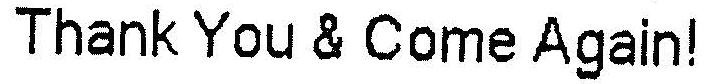
THANK YOU & COME AGAIN!